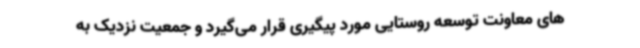
های معاونت توسعه روستایی مورد پیگیری قرار می‌گیرد و جمعیت نزدیک به